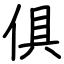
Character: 俱